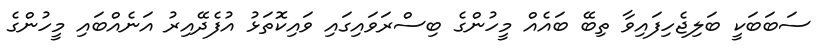
ސަބަބަކީ ބަލިޖެހިފައިވާ ތިބޭ ބައެއް މީހުންގެ ބިސްރަވައިގައި ވައިކޮތަޅު އުފެދޭއިރު އަނެއްބައި މީހުންގެ